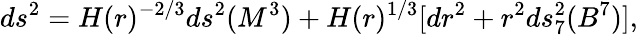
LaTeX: ds^{2}=H(r)^{-2/3}ds^{2}(M^{3})+H(r)^{1/3}[dr^{2}+r^{2}ds_{7}^{2}(B^{7})],